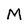
Character: M